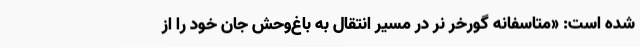
شده است: «متاسفانه گورخر نر در مسیر انتقال به باغ‌وحش جان خود را از